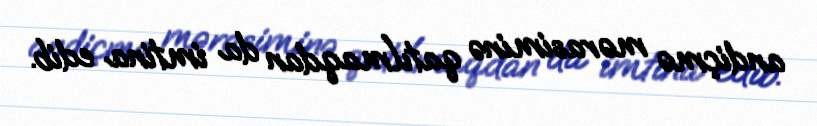
andiçmə mərasiminə qatılmaqdan da imtina edib.